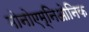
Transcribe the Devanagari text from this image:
मोनोएम्निओनिक